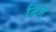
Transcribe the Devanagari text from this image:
दिम्